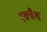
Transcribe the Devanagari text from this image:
स्‍क्‍वैश